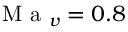
\mathrm { ~ M ~ a ~ } _ { v } = 0 . 8